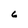
Character: 6